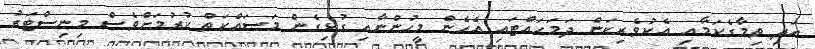
އަދި ތިމާގެކަމާއި އެކުވެރިކަން ދަމަހައްޓައި އެހެން މީހުންނާއި ގުޅިގެން މަސައްކަތް ކުރުމަށްވެސް މިނިސްޓަރު